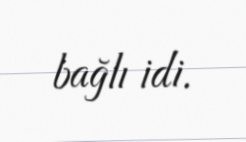
bağlı idi.